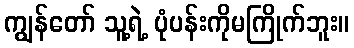
ကျွန်တော် သူ့ရဲ့ ပုံပန်းကိုမကြိုက်ဘူး။